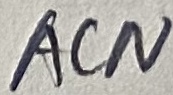
Text: ACN